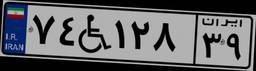
۷۴W۱۲۸۳۹